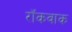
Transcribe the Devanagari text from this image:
रॉकवाक